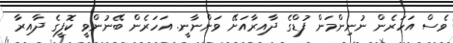
ވެސް އަހަރެން ނުނިންމަން ފުޑްގެ ދާއިރާއަށޭ ވަންނާނީ. އަހަރެން ބޭނުންވީ ކޮފީގެ ދާއިރާ